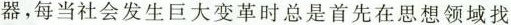
器，每当社会发生巨大变革时总是首先在思想领域找